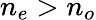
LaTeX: n_{e}>n_{o}